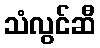
သံလွင်ဆီ